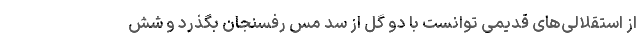
از استقلالی‌های قدیمی توانست با دو گل از سد مس رفسنجان بگذرد و شش